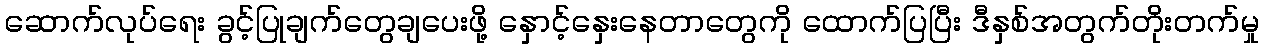
ဆောက်လုပ်ရေး ခွင့်ပြုချက်တွေချပေးဖို့ နှောင့်နှေးနေတာတွေကို ထောက်ပြပြီး ဒီနှစ်အတွက်တိုးတက်မှု